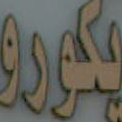
يكورو